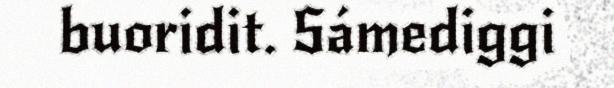
buoridit. Sámediggi